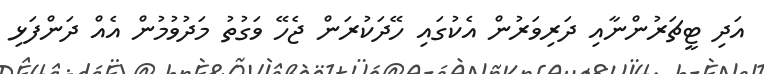
އަދި ޓީޗަރުންނާއި ދަރިވަރުން އެކުގައި ހޭދަކުރަން ޖެހޭ ވަގުތު މަދުވުމުން އެއް ދަންފަޅި